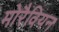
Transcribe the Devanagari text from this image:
मोरैवियन